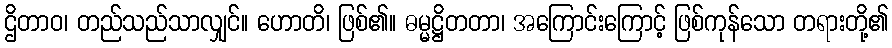
ဌိတာဝ၊ တည်သည်သာလျှင်။ ဟောတိ၊ ဖြစ်၏။ ဓမ္မဋ္ဌိတတာ၊ အကြောင်းကြောင့် ဖြစ်ကုန်သော တရားတို့၏